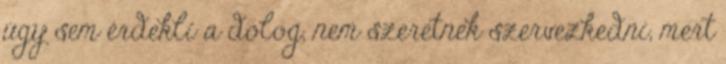
úgy sem érdekli a dolog, nem szeretnek szervezkedni, mert